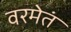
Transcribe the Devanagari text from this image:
वरमेतं